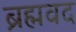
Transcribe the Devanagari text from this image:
ब्रह्मवद